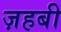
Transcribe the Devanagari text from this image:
ज़हबी